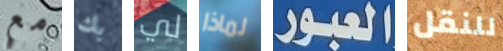
مع بك لي لماذا العبور للنقل